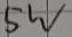
Text: 5W